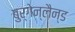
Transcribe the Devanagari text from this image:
बुर्गेन्लैन्ड